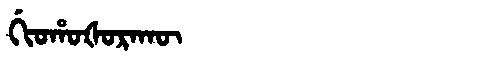
Manchu: ᡤᡳᠣᡥᠣᡧᠣᡵᠠᡴᡡ
Romanization: GIOHOŠORAKŪ